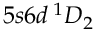
5 s 6 d \, ^ { 1 } D _ { 2 }